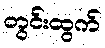
တွင်းထွက်